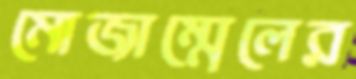
মোজাম্মেলের